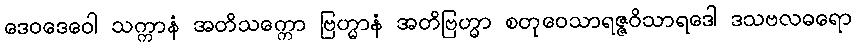
ဒေဝဒေဝေါ သက္ကာနံ အတိသက္ကော ဗြဟ္မာနံ အတိဗြဟ္မာ စတုဝေသာရဇ္ဇဝိသာရဒေါ ဒသဗလဓရော